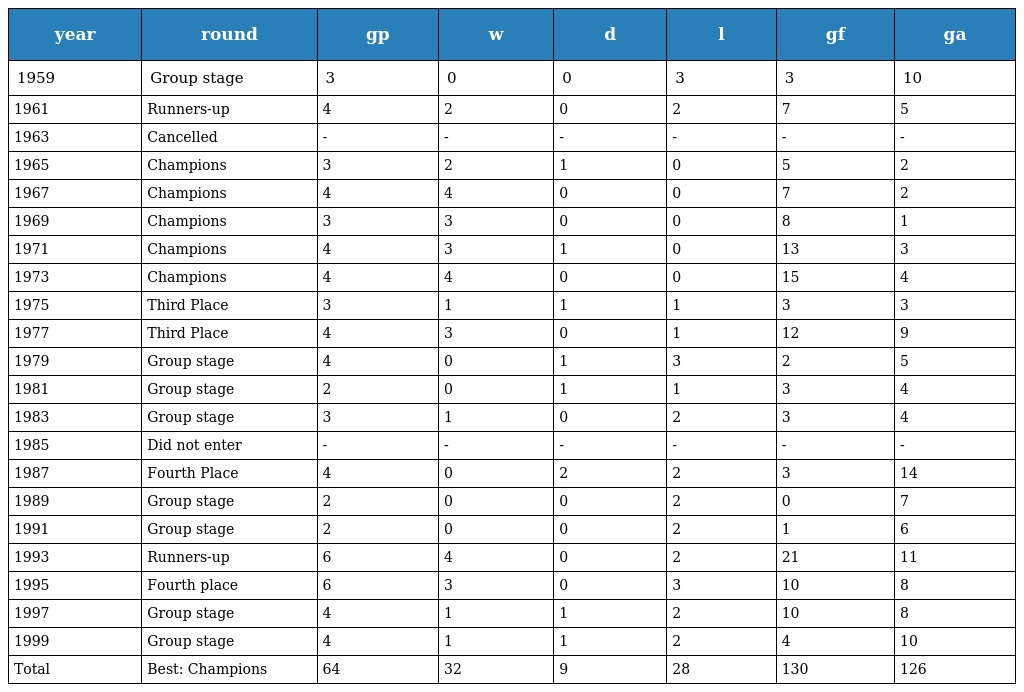
| year | round | gp | w | d | l | gf | ga |
 | --- | --- | --- | --- | --- | --- | --- | --- |
 | 1959 | Group stage | 3 | 0 | 0 | 3 | 3 | 10 |
 | 1961 | Runners-up | 4 | 2 | 0 | 2 | 7 | 5 |
 | 1963 | Cancelled | - | - | - | - | - | - |
 | 1965 | Champions | 3 | 2 | 1 | 0 | 5 | 2 |
 | 1967 | Champions | 4 | 4 | 0 | 0 | 7 | 2 |
 | 1969 | Champions | 3 | 3 | 0 | 0 | 8 | 1 |
 | 1971 | Champions | 4 | 3 | 1 | 0 | 13 | 3 |
 | 1973 | Champions | 4 | 4 | 0 | 0 | 15 | 4 |
 | 1975 | Third Place | 3 | 1 | 1 | 1 | 3 | 3 |
 | 1977 | Third Place | 4 | 3 | 0 | 1 | 12 | 9 |
 | 1979 | Group stage | 4 | 0 | 1 | 3 | 2 | 5 |
 | 1981 | Group stage | 2 | 0 | 1 | 1 | 3 | 4 |
 | 1983 | Group stage | 3 | 1 | 0 | 2 | 3 | 4 |
 | 1985 | Did not enter | - | - | - | - | - | - |
 | 1987 | Fourth Place | 4 | 0 | 2 | 2 | 3 | 14 |
 | 1989 | Group stage | 2 | 0 | 0 | 2 | 0 | 7 |
 | 1991 | Group stage | 2 | 0 | 0 | 2 | 1 | 6 |
 | 1993 | Runners-up | 6 | 4 | 0 | 2 | 21 | 11 |
 | 1995 | Fourth place | 6 | 3 | 0 | 3 | 10 | 8 |
 | 1997 | Group stage | 4 | 1 | 1 | 2 | 10 | 8 |
 | 1999 | Group stage | 4 | 1 | 1 | 2 | 4 | 10 |
 | Total | Best: Champions | 64 | 32 | 9 | 28 | 130 | 126 |